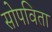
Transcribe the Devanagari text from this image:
सोपविता